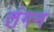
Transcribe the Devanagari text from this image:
तंगन